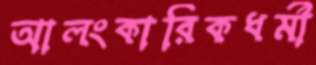
আলংকারিকধর্মী